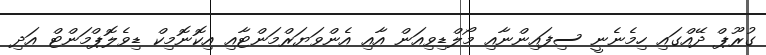
ގުރޫޕް ދޭއްގައި ހިމެނެނީ ސިފައިންނާއި މޯލްޑިވިއަން އާއި އެންވަޔަރްމަންޓާއި އިކޮނޮމިކް ޑިވެލޮޕްމަންޓް އަދި